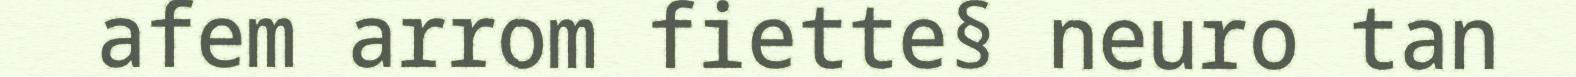
afem arrom fiette§ neuro tan